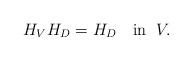
LaTeX: \begin{align*}H_VH_D=H_D \quad\textrm{in}\;\; V.\end{align*}